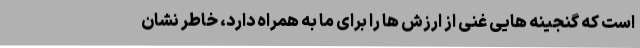
است که گنجینه هایی غنی از ارزش ها را برای ما به همراه دارد، خاطر نشان